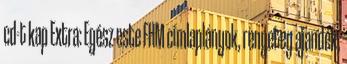
cd-t kap Extra: Egész este FHM címlaplányok, rengeteg ajandék,